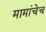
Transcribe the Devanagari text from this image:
मामांचेच